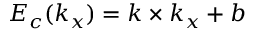
E _ { c } ( k _ { x } ) = k \times k _ { x } + b